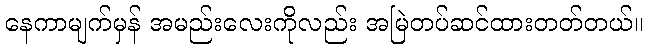
နေကာမျက်မှန် အမည်းလေးကိုလည်း အမြဲတပ်ဆင်ထားတတ်တယ်။